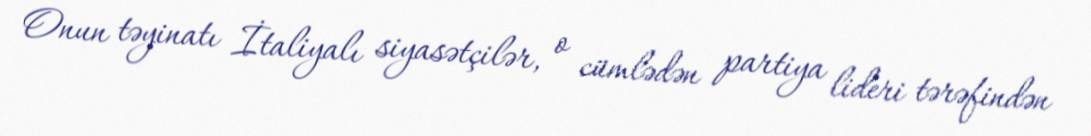
Onun təyinatı İtaliyalı siyasətçilər, o cümlədən partiya lideri tərəfindən